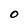
Character: O